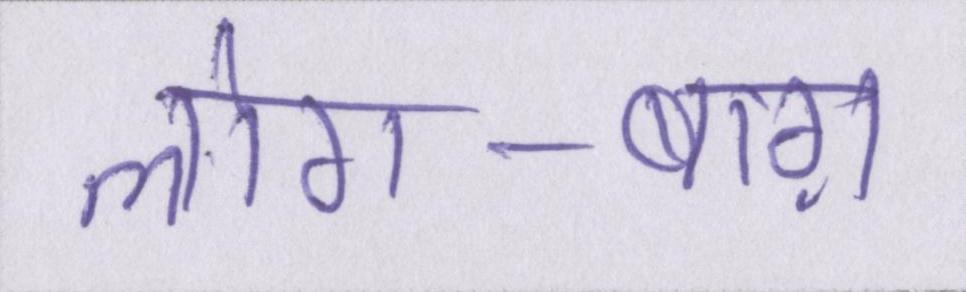
लोग-बाग़